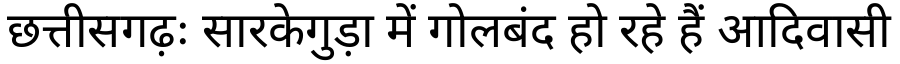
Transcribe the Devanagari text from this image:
छत्तीसगढ़ः सारकेगुड़ा में गोलबंद हो रहे हैं आदिवासी